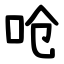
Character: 呛